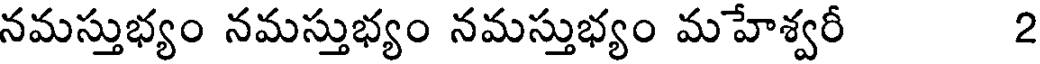
నమస్తుభ్యం నమస్తుభ్యం నమస్తుభ్యం మహేశ్వరీ 2